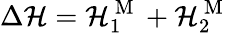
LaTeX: \Delta\mathcal{H}=\mathcal{H}_{1}^{\mathrm{{~M~}}}+\mathcal{H}_{2}^{\mathrm{{~M~}}}